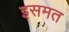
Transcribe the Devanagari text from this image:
इसमत